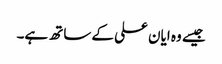
جیسے وہ ایان علی کے ساتھ ہے۔